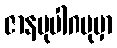
ဇာနမုပါဂမုမှာ